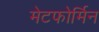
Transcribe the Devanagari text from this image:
मेटफोर्मिन